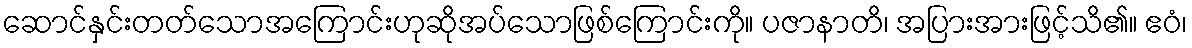
ဆောင်နှင်းတတ်သောအကြောင်းဟုဆိုအပ်သောဖြစ်ကြောင်းကို။ ပဇာနာတိ၊ အပြားအားဖြင့်သိ၏။ ဧဝံ၊